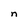
Character: n